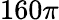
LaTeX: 160\pi